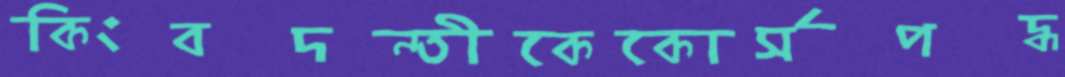
কিংবদন্তীকেকোর্সপদ্ধ